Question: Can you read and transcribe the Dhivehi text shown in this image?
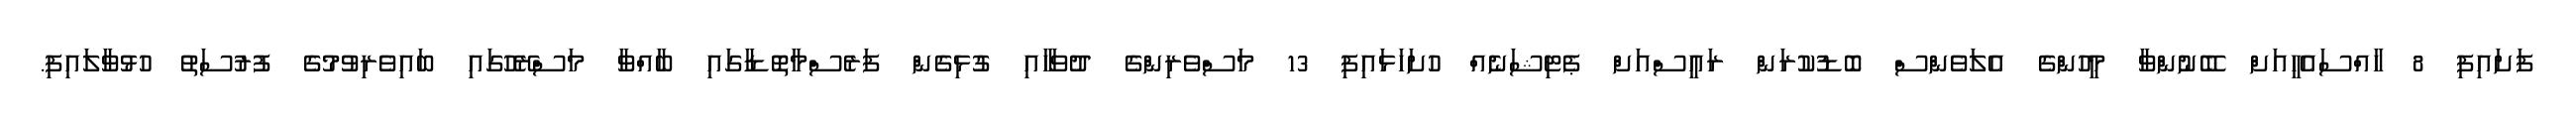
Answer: ފަށައިފި 8 ހާއްސައެހީއަށް ބޭނުންވާ މީހުންގެ އެލަވެންސް ބޮޑުކުރަން ރައީސްއަށް ޕެޓިޝަނެއް ހުށަހަޅައިފި 13 މަސްވެރިންގެ ދުވަހާއި ގުޅިގެން ފަރެސްމާތޮޑާގައި ބާއްވާ މަސްރޭހުގައި ބައިވެރިވުމުގެ ފުރުސަތު ހުޅުވާލައިފި.